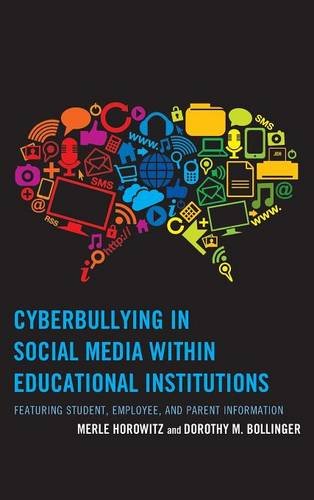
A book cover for Cyberbullying in Social Media within Educational Institutions: Featuring Student, Employee, and Parent Information; Merle Horowitz; Law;